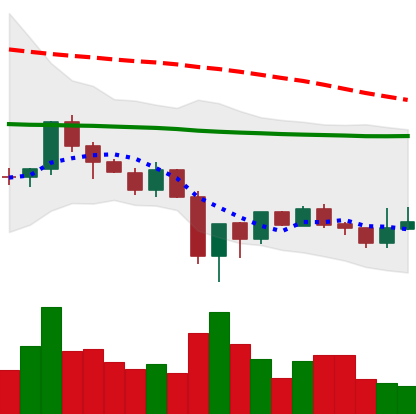
Ticker: LINK-USD
Chart end date: 2019-12-27
Forward return: -4.234%
Label: down_3_5